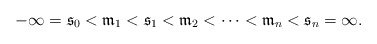
\begin{align*}-\infty=\mathfrak{s}_0<\mathfrak{m}_1<\mathfrak{s}_1<\mathfrak{m}_2<\cdots<\mathfrak{m}_n<\mathfrak{s}_n=\infty.\end{align*}